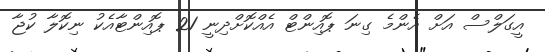
އީގަލްސް އަށް އެންމެ ގިނަ ޕޮއިންޓް އެއްކޮށްދިނީ 21 ޕޮއިންޓާއެކު ނިކޮލާ ކުޖާ